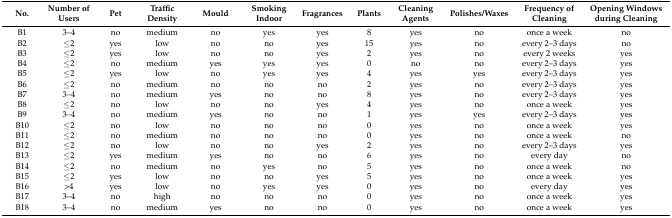
<table><thead><tr><td><b>No.</b></td><td><b>Number of Users</b></td><td><b>Pet</b></td><td><b>Traffic Density</b></td><td><b>Mould</b></td><td><b>Smoking Indoor</b></td><td><b>Fragrances</b></td><td><b>Plants</b></td><td><b>Cleaning Agents</b></td><td><b>Polishes/Waxes</b></td><td><b>Frequency of Cleaning</b></td><td><b>Opening Windows during Cleaning</b></td></tr></thead><tbody><tr><td>B1</td><td>3–4</td><td>no</td><td>medium</td><td>no</td><td>yes</td><td>yes</td><td>8</td><td>yes</td><td>no</td><td>once a week</td><td>no</td></tr><tr><td>B2</td><td>≤2</td><td>yes</td><td>low</td><td>no</td><td>no</td><td>yes</td><td>15</td><td>yes</td><td>no</td><td>every 2–3 days</td><td>no</td></tr><tr><td>B3</td><td>≤2</td><td>yes</td><td>low</td><td>no</td><td>no</td><td>yes</td><td>2</td><td>yes</td><td>no</td><td>every 2 weeks</td><td>yes</td></tr><tr><td>B4</td><td>≤2</td><td>no</td><td>medium</td><td>yes</td><td>yes</td><td>yes</td><td>0</td><td>no</td><td>no</td><td>every 2–3 days</td><td>yes</td></tr><tr><td>B5</td><td>≤2</td><td>yes</td><td>low</td><td>no</td><td>yes</td><td>yes</td><td>4</td><td>yes</td><td>yes</td><td>every 2–3 days</td><td>yes</td></tr><tr><td>B6</td><td>≤2</td><td>no</td><td>medium</td><td>no</td><td>no</td><td>no</td><td>2</td><td>yes</td><td>no</td><td>every 2–3 days</td><td>yes</td></tr><tr><td>B7</td><td>3–4</td><td>no</td><td>medium</td><td>yes</td><td>no</td><td>no</td><td>8</td><td>yes</td><td>no</td><td>every 2–3 days</td><td>yes</td></tr><tr><td>B8</td><td>≤2</td><td>no</td><td>low</td><td>no</td><td>no</td><td>yes</td><td>4</td><td>yes</td><td>no</td><td>once a week</td><td>yes</td></tr><tr><td>B9</td><td>3–4</td><td>no</td><td>medium</td><td>yes</td><td>no</td><td>no</td><td>1</td><td>yes</td><td>yes</td><td>every 2–3 days</td><td>yes</td></tr><tr><td>B10</td><td>≤2</td><td>no</td><td>low</td><td>no</td><td>no</td><td>no</td><td>0</td><td>yes</td><td>no</td><td>once a week</td><td>yes</td></tr><tr><td>B11</td><td>≤2</td><td>no</td><td>medium</td><td>no</td><td>no</td><td>no</td><td>0</td><td>yes</td><td>no</td><td>once a week</td><td>no</td></tr><tr><td>B12</td><td>≤2</td><td>no</td><td>low</td><td>no</td><td>no</td><td>yes</td><td>2</td><td>yes</td><td>no</td><td>every 2–3 days</td><td>yes</td></tr><tr><td>B13</td><td>≤2</td><td>yes</td><td>medium</td><td>yes</td><td>no</td><td>no</td><td>6</td><td>yes</td><td>no</td><td>every day</td><td>no</td></tr><tr><td>B14</td><td>≤2</td><td>no</td><td>medium</td><td>no</td><td>yes</td><td>no</td><td>5</td><td>yes</td><td>no</td><td>once a week</td><td>no</td></tr><tr><td>B15</td><td>≤2</td><td>yes</td><td>low</td><td>no</td><td>no</td><td>yes</td><td>5</td><td>yes</td><td>no</td><td>once a week</td><td>yes</td></tr><tr><td>B16</td><td>&gt;4</td><td>yes</td><td>low</td><td>no</td><td>yes</td><td>yes</td><td>0</td><td>yes</td><td>no</td><td>every day</td><td>yes</td></tr><tr><td>B17</td><td>3–4</td><td>no</td><td>high</td><td>no</td><td>no</td><td>no</td><td>0</td><td>yes</td><td>no</td><td>once a week</td><td>yes</td></tr><tr><td>B18</td><td>3–4</td><td>no</td><td>medium</td><td>yes</td><td>no</td><td>no</td><td>0</td><td>yes</td><td>no</td><td>once a week</td><td>yes</td></tr></tbody></table>